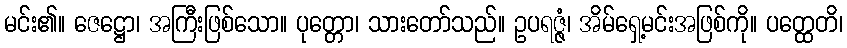
မင်း၏။ ဇေဋ္ဌော၊ အကြီးဖြစ်သော။ ပုတ္တော၊ သားတော်သည်။ ဥပရဇ္ဇံ၊ အိမ်ရှေ့မင်းအဖြစ်ကို။ ပတ္ထေတိ၊